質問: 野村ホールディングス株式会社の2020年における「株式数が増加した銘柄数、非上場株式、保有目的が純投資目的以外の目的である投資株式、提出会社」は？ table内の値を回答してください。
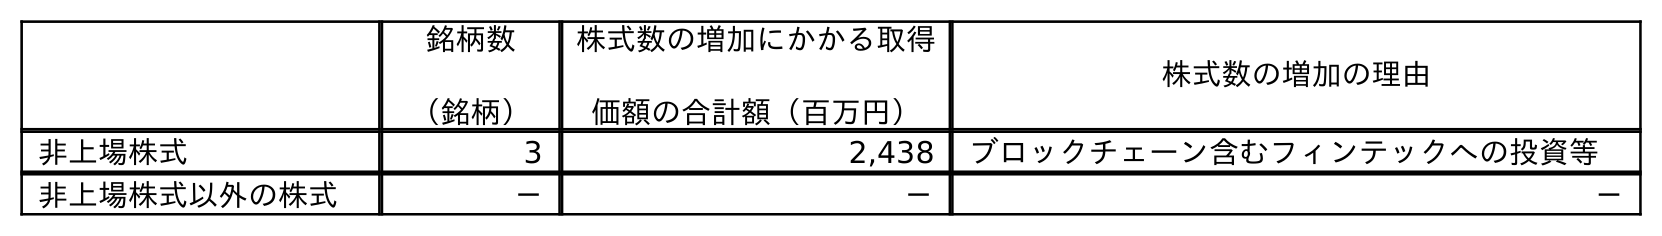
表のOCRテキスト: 銘柄数 （銘柄） 株式数の増加にかかる取得 価額の合計額（百万円） 株式数の増加の理由 非上場株式 3 2,438 ブロックチェーン含むフィンテックへの投資等 非上場株式以外の株式 － － －
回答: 3